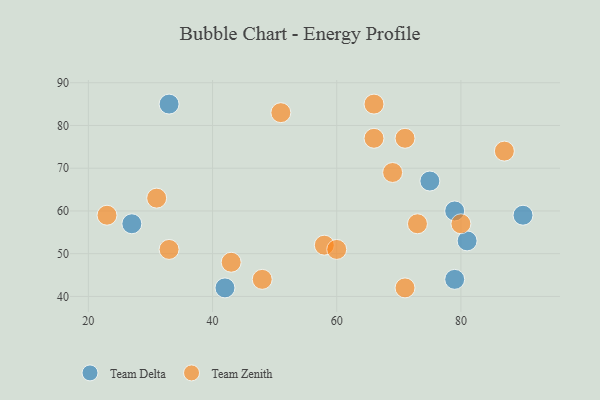
{"axis": {"x": "GDP", "y": "Life Expectancy"}, "legend": ["Team Delta", "Team Zenith"], "data": [{"x": "90", "y": 59, "type": "Team Delta"}, {"x": "79", "y": 60, "type": "Team Delta"}, {"x": "33", "y": 85, "type": "Team Delta"}, {"x": "27", "y": 57, "type": "Team Delta"}, {"x": "79", "y": 44, "type": "Team Delta"}, {"x": "42", "y": 42, "type": "Team Delta"}, {"x": "81", "y": 53, "type": "Team Delta"}, {"x": "75", "y": 67, "type": "Team Delta"}, {"x": "66", "y": 77, "type": "Team Zenith"}, {"x": "51", "y": 83, "type": "Team Zenith"}, {"x": "73", "y": 57, "type": "Team Zenith"}, {"x": "69", "y": 69, "type": "Team Zenith"}, {"x": "80", "y": 57, "type": "Team Zenith"}, {"x": "71", "y": 77, "type": "Team Zenith"}, {"x": "43", "y": 48, "type": "Team Zenith"}, {"x": "58", "y": 52, "type": "Team Zenith"}, {"x": "71", "y": 42, "type": "Team Zenith"}, {"x": "66", "y": 85, "type": "Team Zenith"}, {"x": "33", "y": 51, "type": "Team Zenith"}, {"x": "87", "y": 74, "type": "Team Zenith"}, {"x": "23", "y": 59, "type": "Team Zenith"}, {"x": "60", "y": 51, "type": "Team Zenith"}, {"x": "48", "y": 44, "type": "Team Zenith"}, {"x": "31", "y": 63, "type": "Team Zenith"}]}